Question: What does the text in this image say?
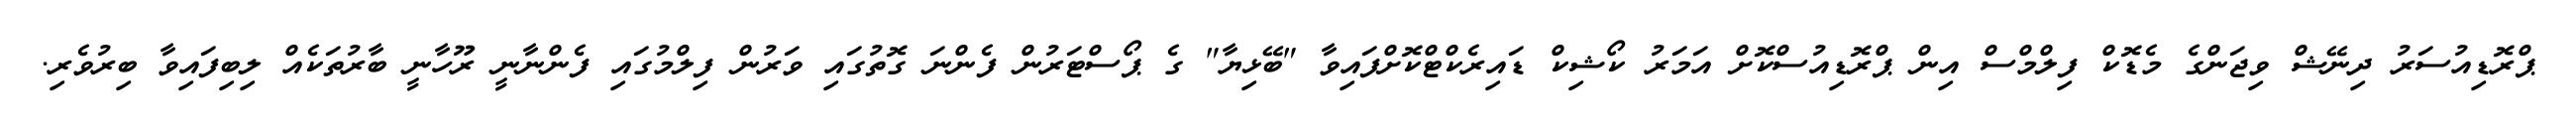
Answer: ޕްރޮޑިއުސަރު ދިނޭޝް ވިޖަންގެ މެޑޮކް ފިލްމްސް އިން ޕްރޮޑިއުސްކޮށް އަމަރު ކޯޝިކް ޑައިރެކްޓްކޮށްފައިވާ "ބޭޅިޔާ" ގެ ޕޯސްޓަރުން ފެންނަ ގޮތުގައި ވަރުން ފިލްމުގައި ފެންނާނީ ރޫހާނީ ބާރުތަކެއް ލިބިފައިވާ ބިރުވެރި.